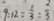
9 : 1 2 = \frac { 1 } { 3 } : \frac { 2 } { 3 }